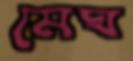
মেঘ